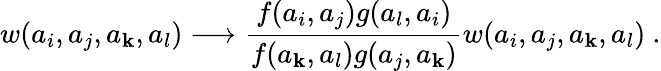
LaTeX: w(a_{i},a_{j},a_{\mathbf{k}},a_{l})\longrightarrow\frac{{f(a_{i},a_{j})g(a_{l},a_{i})}}{{f(a_{\mathbf{k}},a_{l})g(a_{j},a_{\mathbf{k}})}}w(a_{i},a_{j},a_{\mathbf{k}},a_{l})~.